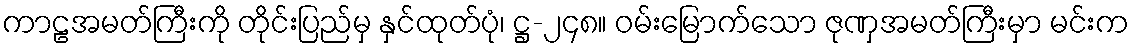
ကာဠအမတ်ကြီးကို တိုင်းပြည်မှ နှင်ထုတ်ပုံ၊ ဋ္ဌ-၂၄၈။ ဝမ်းမြောက်သော ဇုဏှအမတ်ကြီးမှာ မင်းက